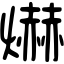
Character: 爀